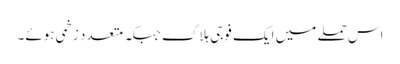
اس حملے میں ایک فوجی ہلاک جبکہ متعدد زخمی ہوئے۔